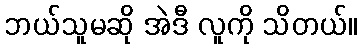
ဘယ်သူမဆို အဲဒီ လူကို သိတယ်။